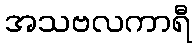
အသဗလကာရီ